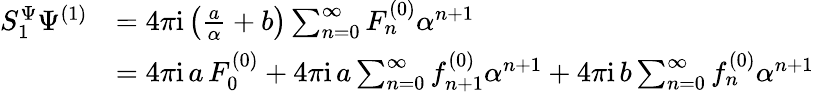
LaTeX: \begin{array}{rl}{S_{1}^{\Psi}\Psi^{(1)}}&{=4\pi\mathrm{i}\left(\frac{a}{\alpha}+b\right)\sum_{n=0}^{\infty}F_{n}^{(0)}\alpha^{n+1}}\\ &{=4\pi\mathrm{i}\, a\, F_{0}^{(0)}+4\pi\mathrm{i}\, a\sum_{n=0}^{\infty}f_{n+1}^{(0)}\alpha^{n+1}+4\pi\mathrm{i}\, b\sum_{n=0}^{\infty}f_{n}^{(0)}\alpha^{n+1}}\end{array}